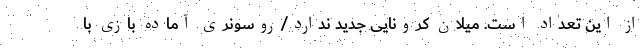
از این تعداد است. میلان کرونایی جدید ندارد/روسونری آماده بازی با